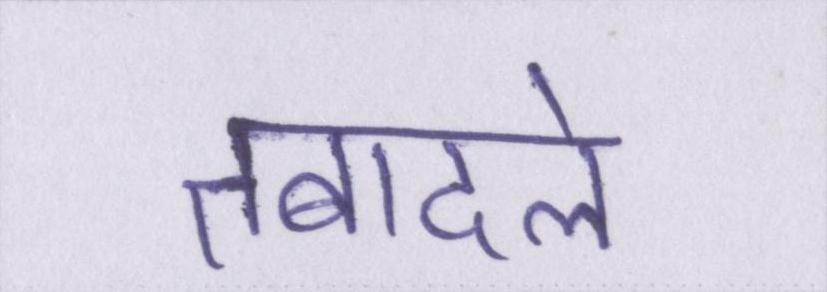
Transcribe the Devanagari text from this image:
तबादले